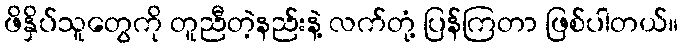
ဖိနှိပ်သူတွေကို တူညီတဲ့နည်းနဲ့ လက်တုံ့ ပြန်ကြတာ ဖြစ်ပါတယ်။